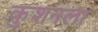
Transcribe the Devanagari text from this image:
कुशनला